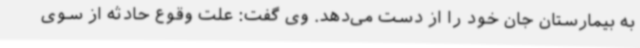
به بیمارستان جان خود را از دست می‌دهد. وی گفت: علت وقوع حادثه از سوی